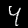
Label: 4